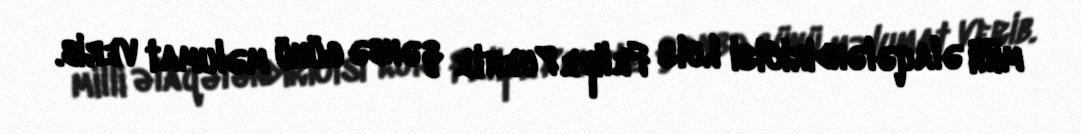
milli əlaqələndiricisi Luis Felipe Puente şənbə günü məlumat verib.